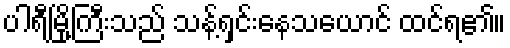
ပါရီမြို့ကြီးသည် သန့်ရှင်းနေသယောင် ထင်ရ၏။